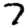
Digit: 7